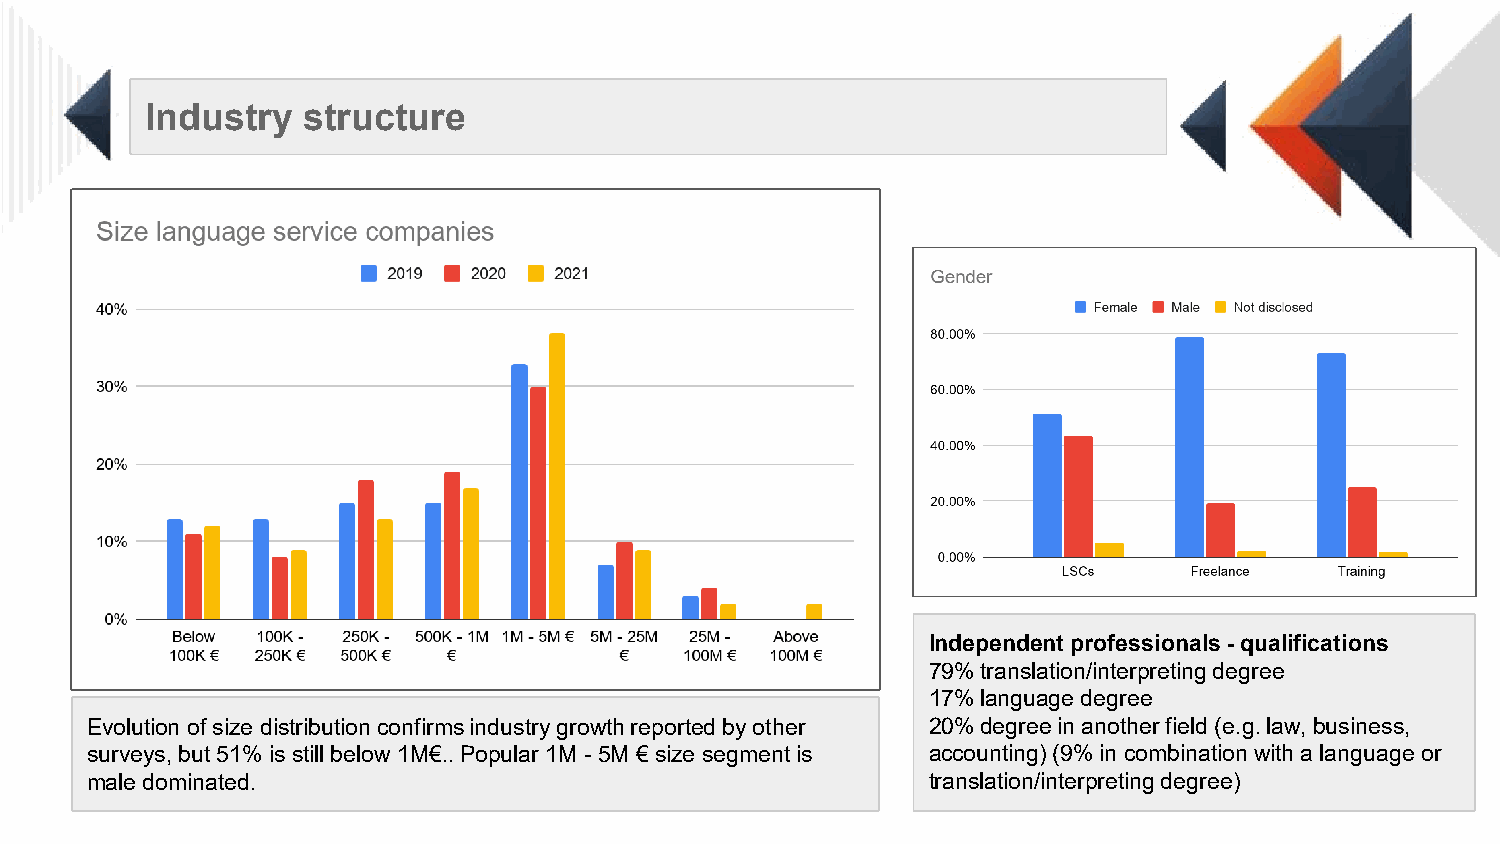
Industry  structure
 Independent professionals -qualifications
 79% translation/interpreting degree
 17% language degree
 Evolution of size distribution confirms industry growth reported by other 20% degree in another field (e.g. law, business,
 surveys, but 51% is still below 1M€.. Popular 1M -5M € size segment is accounting) (9% in combination with a language or
 male dominated.                                        translation/interpreting degree)